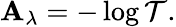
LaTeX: \mathbf{A}_{\lambda}=-\log{\mathcal{{T}}}.